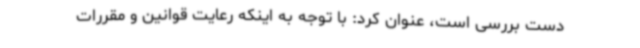
دست بررسی است، عنوان کرد: با توجه به اینکه رعایت قوانین و مقررات